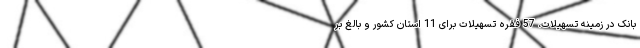
بانک در زمینه تسهیلات، 57 فقره تسهیلات برای 11 استان کشور و بالغ بر